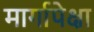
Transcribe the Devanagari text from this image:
मार्गापेक्षा